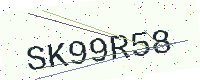
Text: SK99R58